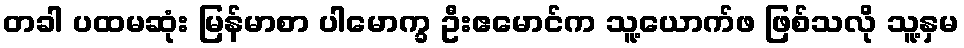
တခါ ပထမဆုံး မြန်မာစာ ပါမောက္ခ ဦးဧမောင်က သူ့ယောက်ဖ ဖြစ်သလို သူ့နှမ